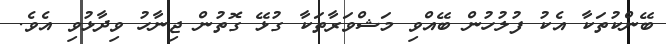
ބޭންކުތަކާ އެކު ފުލުހުން ބޭއްވި މަޝްވަރާތަކާ ގުޅޭ ގޮތުން ޖިނާހު ވިދާޅުވި އެވެ.